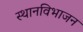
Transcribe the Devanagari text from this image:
स्थानविभाजन